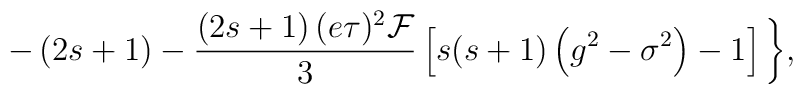
-\left( 2s+1\right) -\frac{\left( 2s+1\right) (e\tau )^2\mathcal{F}}3\left[s(s+1)\left( g^2-\sigma ^2\right) -1\right] \biggl \},